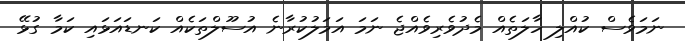
ނަމަވެސް ކުއްލި ހާލަތެއް މެދުވެރިވެއްޖެ ނަމަ އަމަލުކުރާނެ އުސޫލްތަކެއް ކަނޑައަޅައި ކަމާ ގުޅޭ